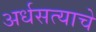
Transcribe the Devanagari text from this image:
अर्धसत्याचे